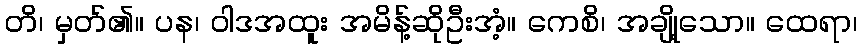
တိ၊ မှတ်၏။ ပန၊ ဝါဒအထူး အမိန့်ဆိုဦးအံ့။ ကေစိ၊ အချို့သော။ ထေရာ၊